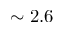
\sim 2 . 6